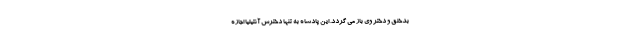
بدخلق و دختر وی باز می گردد. این پادشاه به تنها دخترش آنتیلیا اجازه